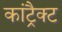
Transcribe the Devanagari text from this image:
कांट्रैक्ट